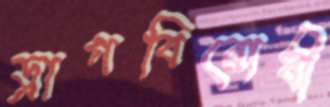
ড্রাগবিরোধী